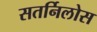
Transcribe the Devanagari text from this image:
सतर्निलोस